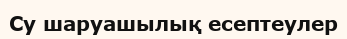
Су шаруашылық есептеулер